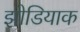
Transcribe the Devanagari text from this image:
झोडियाक